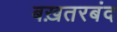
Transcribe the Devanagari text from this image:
बख़तरबंद